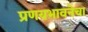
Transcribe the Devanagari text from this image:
प्रणयभावनेचा